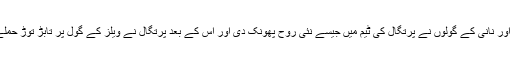
رونالڈو اور نانی کے گولوں نے پرتگال کی ٹیم میں جیسے نئی روح پھونک دی اور اس کے بعد پرتگال نے ویلز کے گول پر تابڑ توڑ حملے کیے۔